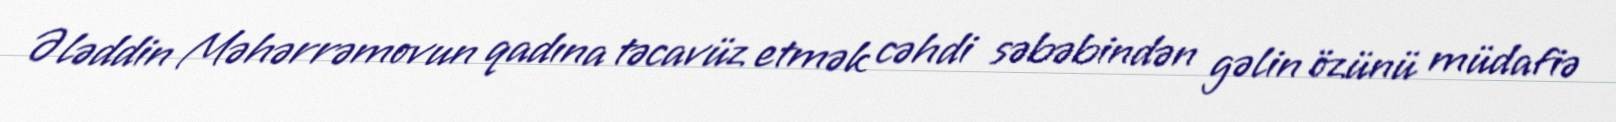
Ələddin Məhərrəmovun qadına təcavüz etmək cəhdi səbəbindən gəlin özünü müdafiə